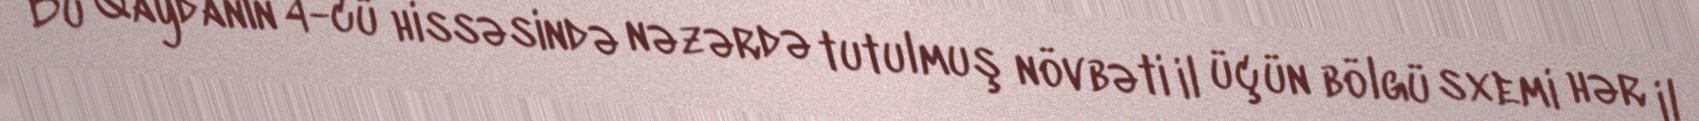
Bu Qaydanın 4-cü hissəsində nəzərdə tutulmuş növbəti il üçün bölgü sxemi hər il